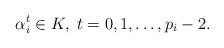
LaTeX: \begin{align*}\alpha_i^t \in K ,\; t=0,1,\dots, p_i-2.\end{align*}